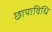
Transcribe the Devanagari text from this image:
छायाविधि